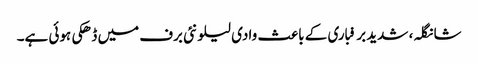
شانگلہ، شدید برفباری کے باعث وادی لیلونئی برف میں ڈھکی ہوئی ہے۔